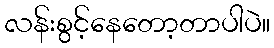
လန်းစွင့်နေတော့တာပါပဲ။